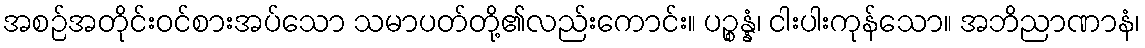
အစဉ်အတိုင်းဝင်စားအပ်သော သမာပတ်တို့၏လည်းကောင်း။ ပဉ္စန္နံ၊ ငါးပါးကုန်သော။ အဘိညာဏာနံ၊